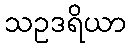
သဥဒရိယာ